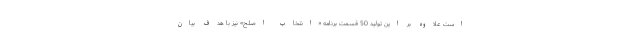
است علاوه بر این تولید 50 قسمت برنامه «انتخاب اصلح» نیز با هدف بیان